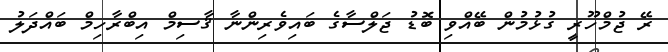
ރޭ ޖުމްހޫރީ ގުޅުމުން ބޭއްވި ބޮޑު ޖަލްސާގެ ބައިވެރިންނާ ޤާސިމް އިބްރާހިމް ބައްދަލު